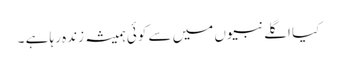
کیا اگلے نبیوں میں سے کوئی ہمیشہ زندہ رہا ہے ۔